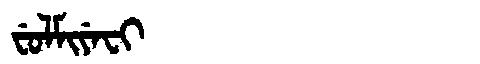
Manchu: ᠸᡠᠯᠮᡳᠶᡝᠸᡳ
Romanization: FULMIYEFI